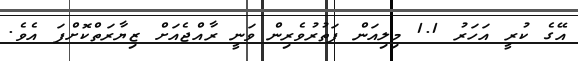
އޭގެ ކުރީ އަހަރު 1.1 މިލިއަން ފަތުރުވެރިން ވަނީ ރާއްޖެއަށް ޒިޔާރަތްކޮށްފަ އެވެ.